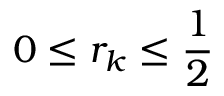
0 \leq r _ { k } \leq { \frac { 1 } { 2 } }